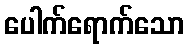
ပေါက်ရောက်သော